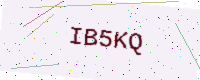
Text: IB5KQ